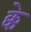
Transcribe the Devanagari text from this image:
क्के